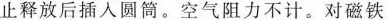
止释放后插入圆筒。空气阻力不计。对磁铁